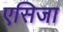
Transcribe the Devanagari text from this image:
एसिजा